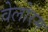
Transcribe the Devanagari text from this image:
वेलोरम